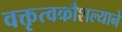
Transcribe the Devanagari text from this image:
वक्तृत्वकौशल्याने